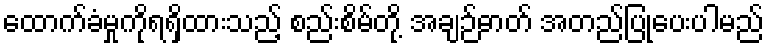
ထောက်ခံမှုကိုရရှိထားသည့် စည်းစိမ်တို့ အချဉ်ဓာတ် အတည်ပြုပေးပါမည်